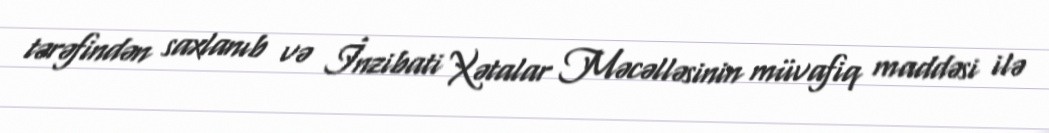
tərəfindən saxlanıb və İnzibati Xətalar Məcəlləsinin müvafiq maddəsi ilə